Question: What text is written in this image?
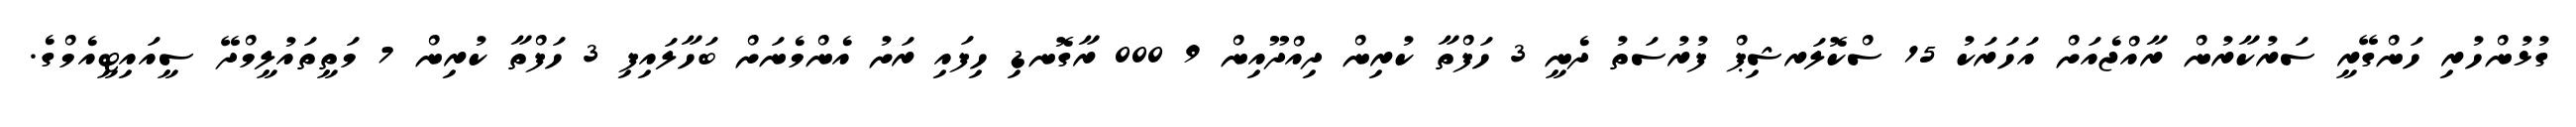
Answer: ގުޅުންހުރި ހަންގޭރީ ސަރުކާރުން ރާއްޖެއަށް އަހަރަކު 15 ސްކޮލަރޝިޕް ފުރުސަތު ދެނީ 3 ހަފްތާ ކުރިން ދިއްދޫއިން 9 000 ރާގޮނޑި ހިފައި ރަށު އެންމެނަށް ބަހާލައިފި 3 ހަފްތާ ކުރިން 7 މަތީތައުލީމްދޭ ސީއައިޓީއެމްގެ.